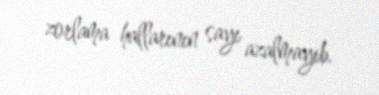
zorlama hallarının sayı azalmayıb.